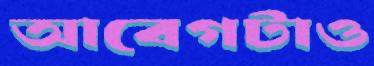
আবেগটাও